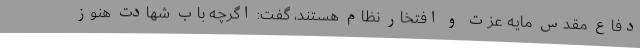
دفاع مقدس مایه عزت و افتخار نظام هستند، گفت: اگرچه باب شهادت هنوز